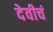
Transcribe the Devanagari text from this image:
देवीचं